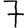
Digit: 7